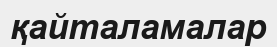
қайталамалар